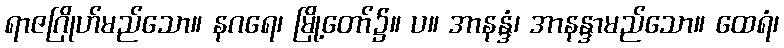
ရာဇဂြိုဟ်မည်သော။ နဂရေ၊ မြို့တော်၌။ ပ။ အာနန္ဒံ၊ အာနန္ဒာမည်သော။ ထေရံ၊